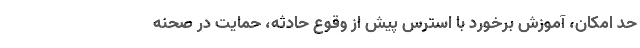
حد امکان، آموزش برخورد با استرس پیش از وقوع حادثه، حمایت در صحنه